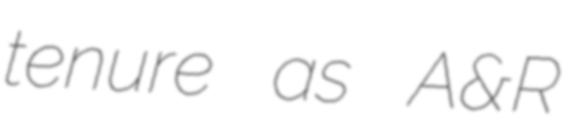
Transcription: tenure as A&R